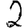
Digit: 2